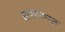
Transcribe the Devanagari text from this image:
सापळयातून